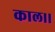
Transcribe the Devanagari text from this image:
काल।।